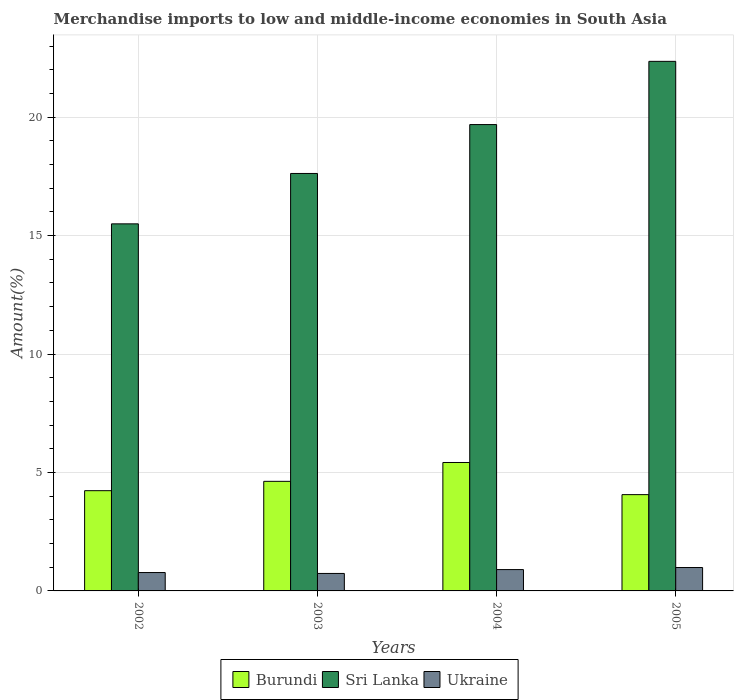
| Years | Burundi | Sri Lanka | Ukraine |
 | --- | --- | --- | --- |
 | 2002 | 4.23 | 15.5 | 0.776 |
 | 2003 | 4.63 | 17.6 | 0.738 |
 | 2004 | 5.42 | 19.7 | 0.901 |
 | 2005 | 4.06 | 22.4 | 0.988 |